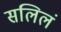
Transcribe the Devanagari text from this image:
सलिलं